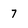
Character: 7